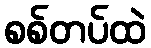
စစ်တပ်ထဲ